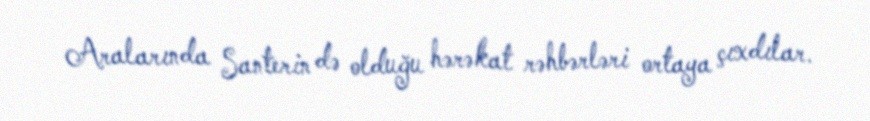
Aralarında Santerin də olduğu hərəkat rəhbərləri ortaya çıxdılar.